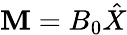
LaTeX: \textbf{M}=B_{0}\hat{X}